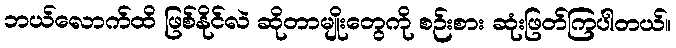
ဘယ်လောက်ထိ ဖြစ်နိုင်လဲ ဆိုတာမျိုးတွေကို စဉ်းစား ဆုံးဖြတ်ကြပါတယ်။